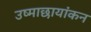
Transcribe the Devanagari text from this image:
उष्माछायांकन